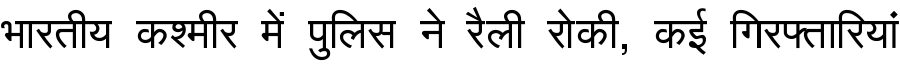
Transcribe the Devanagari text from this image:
भारतीय कश्मीर में पुलिस ने रैली रोकी, कई गिरफ्तारियां